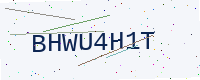
Text: BHWU4H1T